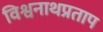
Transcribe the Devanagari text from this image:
विश्वनाथप्रताप